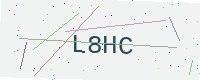
Text: L8HC